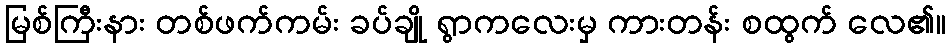
မြစ်ကြီးနား တစ်ဖက်ကမ်း ခပ်ချို ရွာကလေးမှ ကားတန်း စထွက် လေ၏။